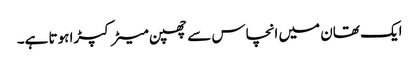
ایک تھان میں انچاس سے چھپن میٹر کپڑا ہوتا ہے۔